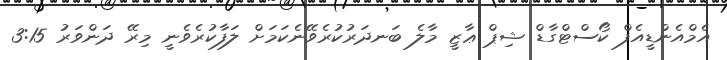
އެމްއެންޑީއެފް ކޯސްޓްގާޑް ޝިޕް ޢާޒީ މާލެ ބަނދަރުކުރެވޭނެކަމަށް ލަފާކުރެވެނީ މިރޭ ދަންވަރު 3:15